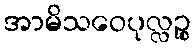
အာမိသဝေပုလ္လဉ္စ